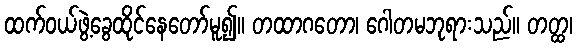
ထက်ဝယ်ဖွဲ့ခွေထိုင်နေတော်မူ၍။ တထာဂတော၊ ဂေါတမဘုရားသည်။ တတ္ထ၊